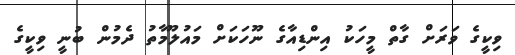
ވިކީގެ ވަރަށް ގާތް މީހަކު އިންޑިއާގެ ނޫހަކަށް މައުލޫމާތު ދެމުން ބުނީ ވިކީގެ